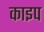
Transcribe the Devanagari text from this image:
काइप